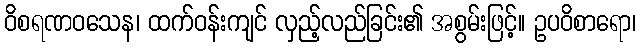
ဝိစရဏဝသေန၊ ထက်ဝန်းကျင် လှည့်လည်ခြင်း၏ အစွမ်းဖြင့်။ ဥပဝိစာရော၊